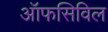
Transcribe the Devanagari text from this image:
ऑफसिविल